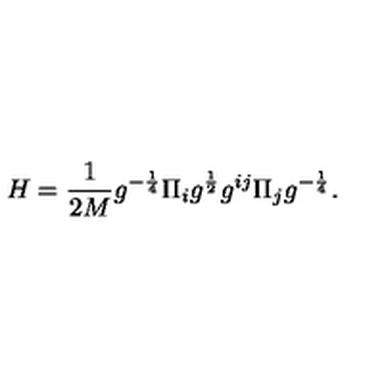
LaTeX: H = \frac { 1 } { 2 M } g ^ { - \frac { 1 } { 4 } } \Pi _ { i } g ^ { \frac { 1 } { 2 } } g ^ { i j } \Pi _ { j } g ^ { - \frac { 1 } { 4 } } .